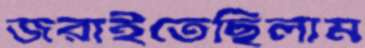
জরাইতেছিলাম